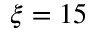
\xi = 1 5